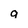
Character: 9